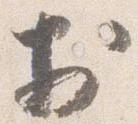
於